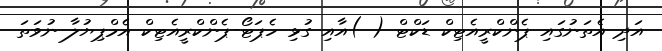
އަދި އެތަނުގައި ޕެންކްރީއެޓިކް ޑަކްޓް ( )އާއި ގުޅި ހެޕަޓޯ-ޕެންކްރީއެޓިކް އެމްޕިޔުލާ ނުވަތަ